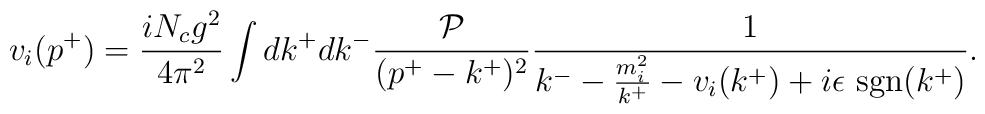
v_i(p^+)=\frac{i N_c g^2}{4 \pi ^2}               \int dk^+dk^-                 \frac{\cal P}{(p^+-k^+)^2}                 \frac{1}{k^--\frac{m^2_i}{k^+}       -v_i(k^+)+i\epsilon~{\rm sgn}(k^+)}.